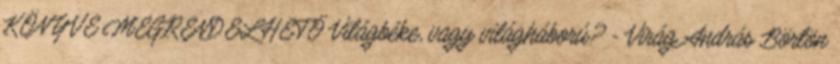
KÖNYVE MEGRENDELHETŐ Világbéke, vagy világháború? - Virág András Börtön